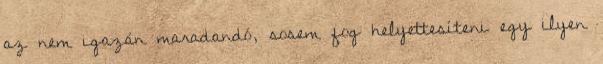
az nem igazán maradandó, sosem fog helyettesíteni egy ilyen